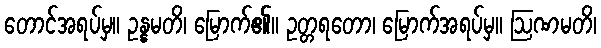
တောင်အရပ်မှ။ ဥန္နမတိ၊ မြောက်၏။ ဥတ္တရတော၊ မြောက်အရပ်မှ။ ဩဏမတိ၊